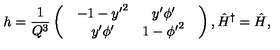
h = \frac { 1 } { Q ^ { 3 } } \left( \begin{array} { c } { \begin{array} { c c } { - 1 - { y ^ { \prime } } ^ { 2 } } & { y ^ { \prime } { \phi } ^ { \prime } } \\ { y ^ { \prime } { \phi } ^ { \prime } } & { 1 - { { \phi } ^ { \prime } } ^ { 2 } } \\ \end{array} } \\ \end{array} \right) , { \hat { H } } ^ { \dagger } = { \hat { H } } ,